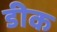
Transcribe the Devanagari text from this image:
डीक